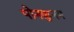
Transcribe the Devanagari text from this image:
पोनकुनम